Vaccination in Bombay 1913-1923 - 1913-1923
Year: 1913
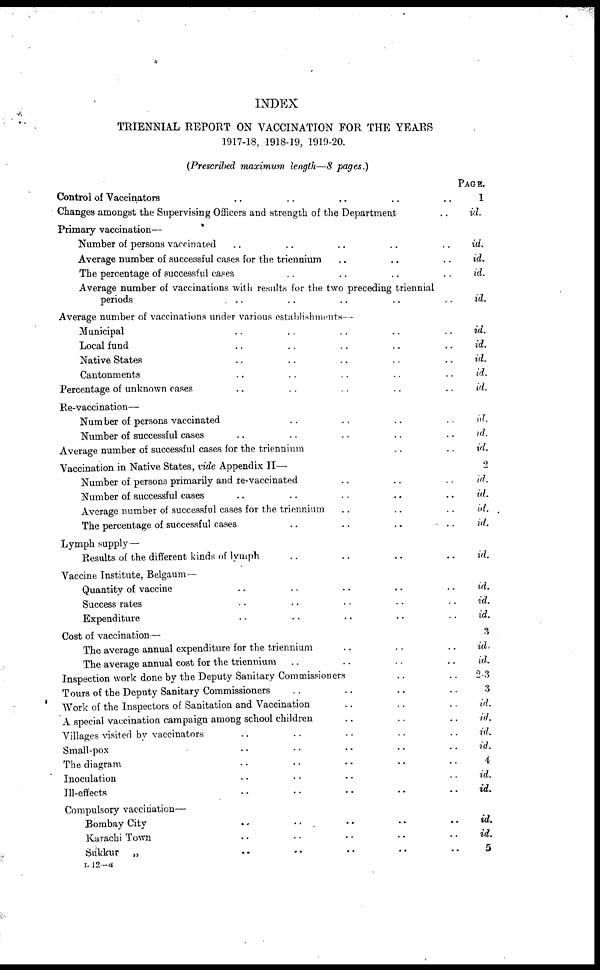
INDEX
TRIENNIAL REPORT ON VACCINATION FOR THE YEARS
1917-18, 1918-19, 1919-20.
(Prescribed maximum length—8 pages.)
Control of Vaccinators .. .. .. .. ..
Changes amongst the Supervising Officers and strength of the Department ..
Primary vaccination—
Number of persons vaccinated .. .. .. .. ..
Average number of successful cases for the triennium .. .. ..
The percentage of successful cases .. .. .. ..
Average number of vaccinations with results for the two preceding triennial
periods .. .. .. .. ..
Average number of vaccinations under various establishments—
Municipal .. .. .. .. ..
Local fund .. .. .. .. ..
Native States .. .. .. .. ..
Cantonments .. .. .. .. ..
Percentage of unknown cases .. .. .. .. ..
Re-vaccination—
Number of persons vaccinated .. .. .. ..
Number of successful cases .. .. .. .. ..
Average number of successful cases for the triennium .. ..
Vaccination in Native States, vide Appendix II—
Number of persons primarily and re-vaccinated .. .. ..
Number of successful cases .. .. .. .. ..
Average number of successful cases for the triennium .. .. ..
The percentage of successful cases
..
..
..
..
Lymph supply—
Results of the different kinds of lymph .. .. .. ..
Vaccine Institute, Belgaum —
Quantity of vaccine .. .. .. .. ..
Success rates .. .. .. .. ..
Expenditure .. .. .. .. ..
Cost of vaccination—
The average annual expenditure for the triennium .. .. ..
The average annual cost for the triennium .. .. .. ..
Inspection work done by the Deputy Sanitary Commissioners .. ..
Tours of the Deputy Sanitary Commissioners .. .. .. ..
Work of the Inspectors of Sanitation and Vaccination .. .. ..
A special vaccination campaign among school children .. .. ..
Villages visited by vaccinators .. .. .. .. ..
Small-pox .. .. .. .. ..
The diagram .. .. .. .. ..
Inoculation .. .. .. .. ..
Ill-effects .. .. .. .. ..
Compulsory vaccination—
Bombay City .. .. .. .. ..
Karachi Town .. .. .. .. ..
Sukkur „ .. .. .. .. ..
PAGE.
1
id.
id.
id.
id.
id.
id.
id.
id.
id.
id.
id.
id.
id.
2
id.
id.
id.
id.
id.
id.
id.
id.
3
id.
id.
2-3
3
id.
id.
id,
id.
4
id.
id.
id.
id.
5
L
12—a